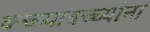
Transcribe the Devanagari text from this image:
कच्च्याबच्च्यांना